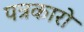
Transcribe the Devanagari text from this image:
पत्रकारो